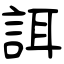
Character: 誀